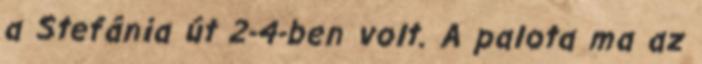
a Stefánia út 2-4-ben volt. A palota ma az